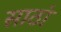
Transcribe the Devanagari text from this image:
साठां